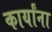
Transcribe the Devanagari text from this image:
कार्यांना